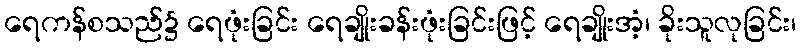
ရေကန်စသည်၌ ရေဖုံးခြင်း ရေချိုးခန်းဖုံးခြင်းဖြင့် ရေချိုးအံ့၊ ခိုးသူလုခြင်း၊